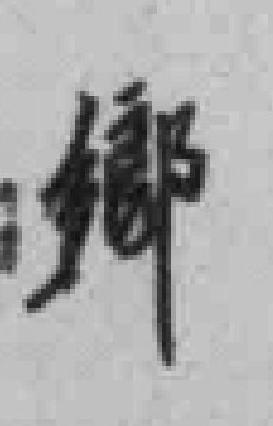
郷